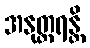
အနုတ္တရန္တိ